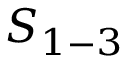
S _ { 1 - 3 }